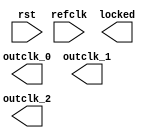
module iopll_0 (
		input  wire  rst,      //   reset.reset
		input  wire  refclk,   //  refclk.clk
		output wire  locked,   //  locked.export
		output wire  outclk_0, // outclk0.clk
		output wire  outclk_1, // outclk1.clk
		output wire  outclk_2  // outclk2.clk
	);
endmodule